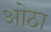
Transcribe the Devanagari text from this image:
ओठा